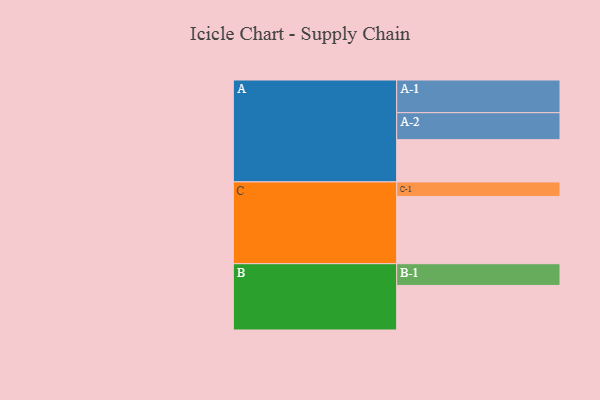
{"axis": {"x": "Segment", "y": "Value"}, "legend": ["", "A", "B", "C"], "data": [{"x": "A", "y": 363, "type": ""}, {"x": "B", "y": 383, "type": ""}, {"x": "C", "y": 578, "type": ""}, {"x": "A-1", "y": 281, "type": "A"}, {"x": "A-2", "y": 232, "type": "A"}, {"x": "B-1", "y": 187, "type": "B"}, {"x": "C-1", "y": 125, "type": "C"}]}